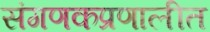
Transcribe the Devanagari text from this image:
संगणकप्रणालीत